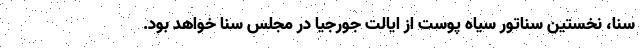
سنا، نخستین سناتور سیاه پوست از ایالت جورجیا در مجلس سنا خواهد بود.